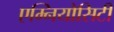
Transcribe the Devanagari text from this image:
एम्नियोसिटी